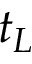
t _ { L }